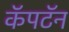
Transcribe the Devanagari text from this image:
कॅपटॅन